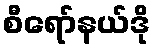
စီရော်နယ်ဒို